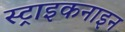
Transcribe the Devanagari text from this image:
स्ट्राइकनाइन